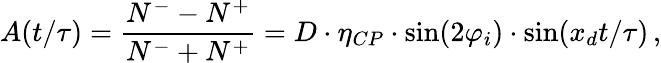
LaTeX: A(t/\tau)=\frac{N^{-}-N^{+}}{N^{-}+N^{+}}=D\cdot\eta_{CP}\cdot\sin(2\varphi_{i})\cdot\sin(x_{d}t/\tau)\, ,